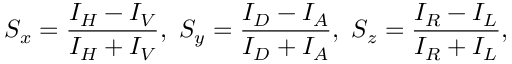
S _ { x } = \frac { I _ { H } - I _ { V } } { I _ { H } + I _ { V } } , \ S _ { y } = \frac { I _ { D } - I _ { A } } { I _ { D } + I _ { A } } , \ S _ { z } = \frac { I _ { R } - I _ { L } } { I _ { R } + I _ { L } } ,